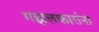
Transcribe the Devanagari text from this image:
गझलकारांना